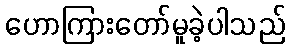
ဟောကြားတော်မူခဲ့ပါသည်